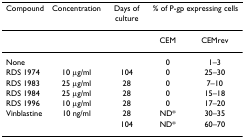
| Compound | Concentration | Days of culture | <COLSPAN=2> % of P-gp expressing cells |
 | --- | --- | --- | --- | --- |
 |  |  |  | CEM | CEMrev |
 | None |  |  | 0 | 1–3 |
 | RDS 1974 | 10 μg/ml | 104 | 0 | 25–30 |
 | RDS 1983 | 25 μg/ml | 28 | 0 | 7–10 |
 | RDS 1984 | 25 μg/ml | 28 | 0 | 15–18 |
 | RDS 1996 | 10 μg/ml | 28 | 0 | 17–20 |
 | Vinblastine | 10 ng/ml | 28 | ND* | 30–35 |
 |  |  | 104 | ND* | 60–70 |